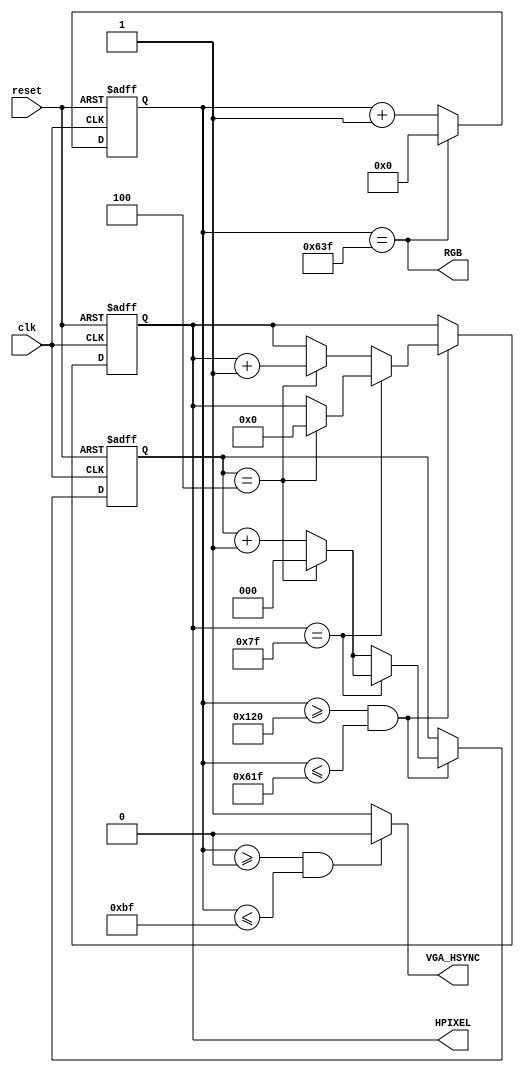
module hsync(clk, reset, HPIXEL, VGA_HSYNC, RGB);
/**
  * A = 1600 cycles (scanline)
  * B = 192 cycles (pulse width)
  * C = 96 cycles (back porch)
  * D = 1280 cycles (display)
  * E = 32 cycles (front porch)
  **/
input  clk, reset;
output [6:0] HPIXEL;
output VGA_HSYNC;
output RGB;

reg [6:0] HPIXEL;
reg [10:0] HSYNC_cnt;
reg [2:0] cnt;

always@(posedge clk or posedge reset)
begin
	if(reset)
	begin
		HPIXEL = 7'd0;
		HSYNC_cnt = 11'd0;
		cnt = 3'd0;
	end
	else
	begin
		if(HSYNC_cnt >= 288 && HSYNC_cnt <= 1567)
		begin
			if(HPIXEL == 7'd127)
				if(cnt == 3'd4) begin
					HPIXEL = 7'd0;
					cnt = 3'd0;
				end
				else
					cnt = cnt + 1;
			else
			begin
				if(cnt == 3'd4)
				begin
					HPIXEL = HPIXEL + 1'b1;
					cnt = 3'd0;
				end
				else
					cnt = cnt + 1'b1;
			end
		end

		if(HSYNC_cnt == 11'd1599)
			HSYNC_cnt = 11'd0;
		else
			HSYNC_cnt = HSYNC_cnt+1;
	end
end

assign RGB = (HSYNC_cnt == 11'd1599);
//(HSYNC_cnt >= 288 && HSYNC_cnt <= 1567) ? 1'd1 : 1'd0;
assign VGA_HSYNC = ((HSYNC_cnt >= 11'd0) && (HSYNC_cnt <= 11'd191)) ? 1'd0 : 1'd1;

endmodule